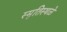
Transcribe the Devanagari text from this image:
स्मृतिस्थळे